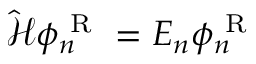
\hat { \mathcal { H } } \phi _ { n } ^ { \mathrm { ~ R ~ } } = E _ { n } \phi _ { n } ^ { \mathrm { ~ R ~ } }